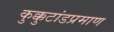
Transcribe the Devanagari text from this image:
कुक्कुटांडप्रमाण